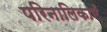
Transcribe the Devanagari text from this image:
परिनालिकाएँ